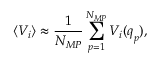
\langle V _ { i } \rangle \approx \frac { 1 } { N _ { M P } } \sum _ { p = 1 } ^ { N _ { M P } } V _ { i } ( \boldsymbol { q } _ { p } ) ,